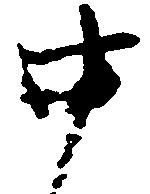
申